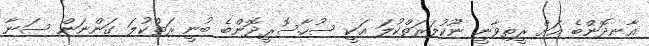
އާނދޮންބެ އަށް ރީތިވާނީ ނޫކުލަރަތްކުލަ އަކީ ސުހާ.ސޮރީދޮންބެ ބުނީ ރަތްކުލަ ގަންނަން ސަނާ